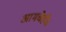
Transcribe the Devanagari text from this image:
आमचेही८